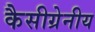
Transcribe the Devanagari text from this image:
कैसीग्रेनीय